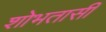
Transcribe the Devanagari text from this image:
शोभतासी